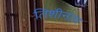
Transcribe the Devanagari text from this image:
तिशीनंतर